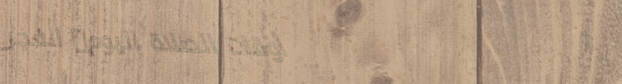
أوقات الصلاة اليوم: الفجر